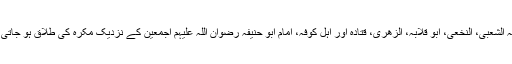
جبکہ الشعبی، النخعی، ابو قلابہ، الزھری، قتادہ اور اہل کوفہ، امام ابو حنیفہ رضوان اللہ علیہم اجمعین کے نزدیک مکرہ کی طلاق ہو جاتی ہے۔